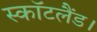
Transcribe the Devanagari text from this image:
स्कॉटलैंड।